Scientific memoirs by medical officers of the Army of India - Part VIII,
Year: 1894
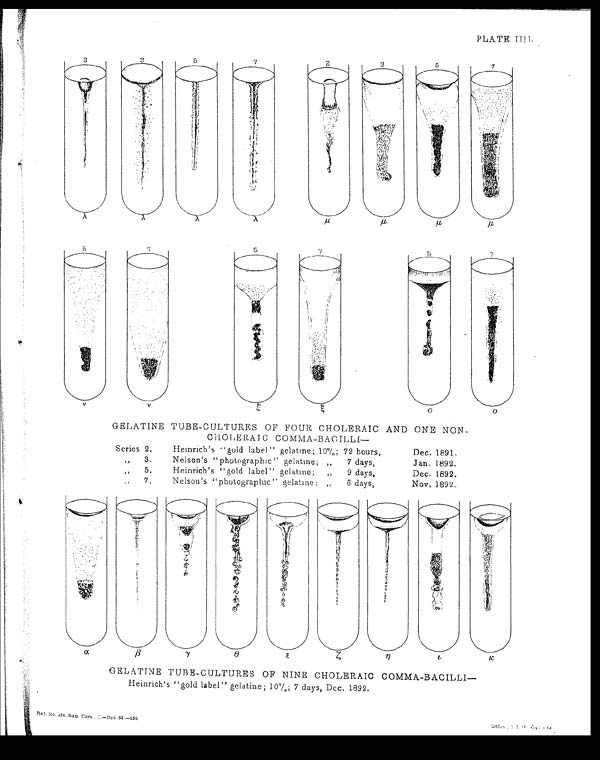
PLATE IIIb.
GELATINE TUBE-CULTURES OF NINE CHOLERAIC COMMA-BACILLI—
Heinrich's "gold label" gelatine; 10%; 7 days, Dec. 1892.
Reg. No. 4 5 4 . Sa n Co m. , <i l l e g i b l e >—Oc t . 9 3 . —3 5 0 .
L i t h o . < i l l e g i b l e >